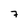
Character: 7